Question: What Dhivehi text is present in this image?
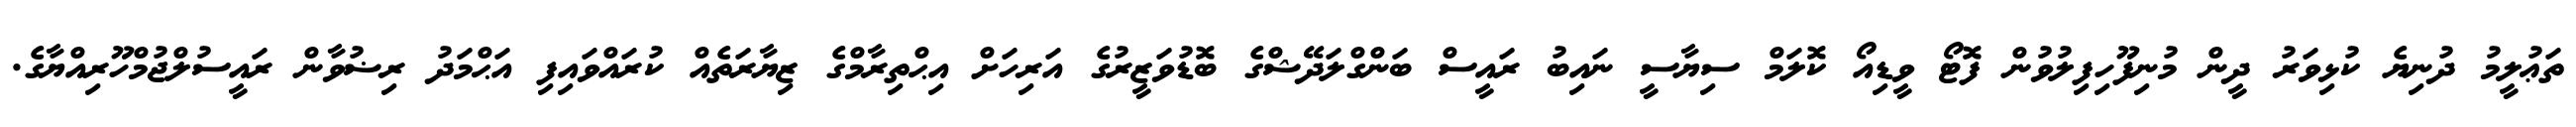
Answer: ތަޢުލީމު ދުނިޔެ ކުޅިވަރު ދީން މުނިފޫހިފިލުވުން ފޮޓޯ ވީޑިއޯ ކޮލަމް ސިޔާސީ ނައިބު ރައީސް ބަންގްލަދޭޝްގެ ބޮޑުވަޒީރުގެ އަރިހަށް އިޙްތިރާމްގެ ޒިޔާރަތެއް ކުރައްވައިފި އަޙްމަދު ރިޟުވާން ރައީސުލްޖުމްހޫރިއްޔާގެ.